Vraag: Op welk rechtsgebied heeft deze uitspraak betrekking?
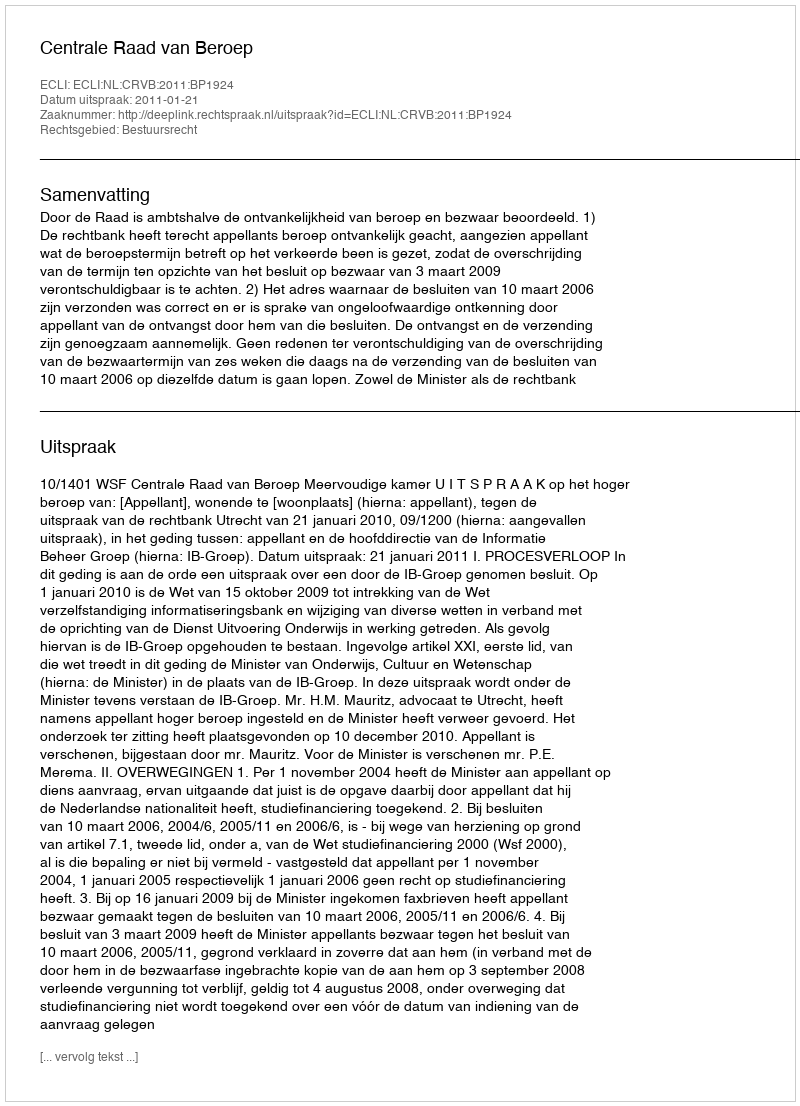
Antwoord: Bestuursrecht